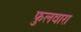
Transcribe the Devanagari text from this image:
फुलवारा